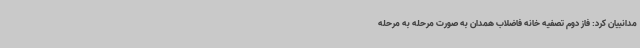
مدانبیان کرد: فاز دوم تصفیه خانه فاضلاب همدان به صورت مرحله به مرحله